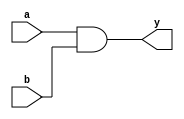

////////////////////////////////////////////////////////////////////////////////
// Company: 
// Engineer:
//
// Design Name:    
// Module Name:    and_gate_2input
// Project Name:   
// Target Device:  
// Tool versions:  
// Description:
//
// Dependencies:
// 
// Revision:
// Revision 0.01 - File Created
// Additional Comments:
// 
////////////////////////////////////////////////////////////////////////////////
module and_gate_2input(a, b, y);
    input a;
    input b;
    output y;

	 assign y = a & b ;

endmodule